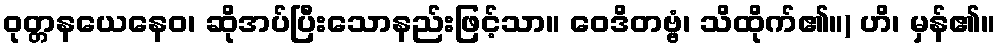
ဝုတ္တနယေနေဝ၊ ဆိုအပ်ပြီးသောနည်းဖြင့်သာ။ ဝေဒိတဗ္ဗံ၊ သိထိုက်၏။) ဟိ၊ မှန်၏။